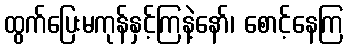
ထွက်ပြေးမကုန်နှင့်ကြနဲ့နော်၊ စောင့်နေကြ